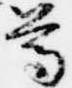
尊